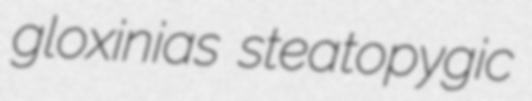
gloxinias steatopygic